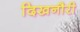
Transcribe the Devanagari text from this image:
दिखनौरी